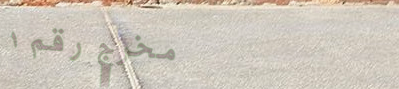
مخرج رقم ١